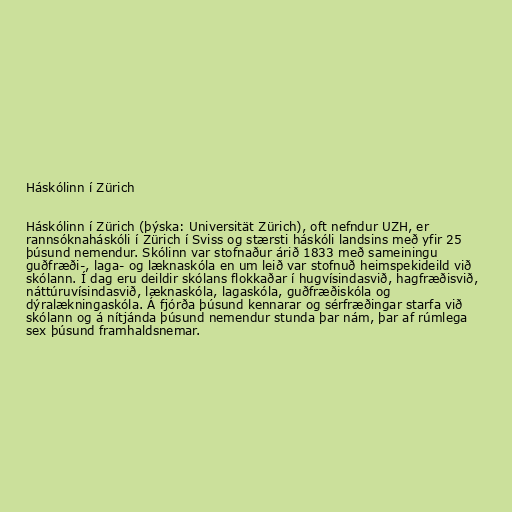
Háskólinn í Zürich

Háskólinn í Zürich (þýska: Universität Zürich), oft nefndur UZH, er
rannsóknaháskóli í Zürich í Sviss og stærsti háskóli landsins með yfir 25
þúsund nemendur. Skólinn var stofnaður árið 1833 með sameiningu
guðfræði-, laga- og læknaskóla en um leið var stofnuð heimspekideild við
skólann. Í dag eru deildir skólans flokkaðar í hugvísindasvið, hagfræðisvið,
náttúruvísindasvið, læknaskóla, lagaskóla, guðfræðiskóla og
dýralækningaskóla. Á fjórða þúsund kennarar og sérfræðingar starfa við
skólann og á nítjánda þúsund nemendur stunda þar nám, þar af rúmlega
sex þúsund framhaldsnemar.